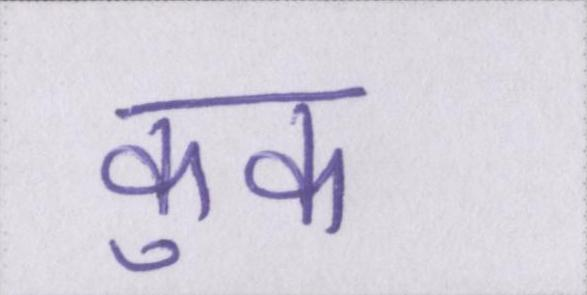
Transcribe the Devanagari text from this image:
कुक